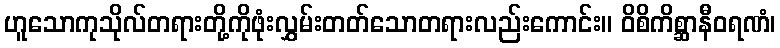
ဟူသောကုသိုလ်တရားတို့ကိုဖုံးလွှမ်းတတ်သောတရားလည်းကောင်း။ ဝိစိကိစ္ဆာနီဝရဏံ၊